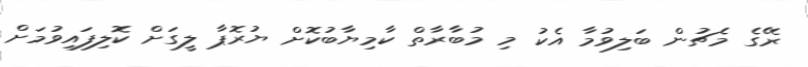
ރޭގެ މެޗުން ބަލިވުމާ އެކު މި މުބާރާތް ކާމިޔާބުކޮށް ޔުރޮޕާ ލީގަށް ކޮލިފައިވުމަށް